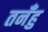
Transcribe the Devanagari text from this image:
तनँहु